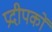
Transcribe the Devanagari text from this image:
प्रदीपकों